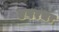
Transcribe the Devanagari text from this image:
एपरचर